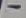
Text: -